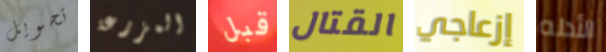
تحويل المزرعة قبل القتال إزعاجي الأدله